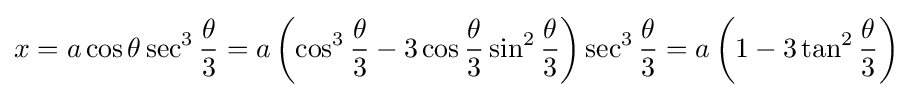
x=a\cos \theta \sec ^{3}{\frac {\theta }{3}}=a\left(\cos ^{3}{\frac {\theta }{3}}-3\cos {\frac {\theta }{3}}\sin ^{2}{\frac {\theta }{3}}\right)\sec ^{3}{\frac {\theta }{3}}=a\left(1-3\tan ^{2}{\frac {\theta }{3}}\right)